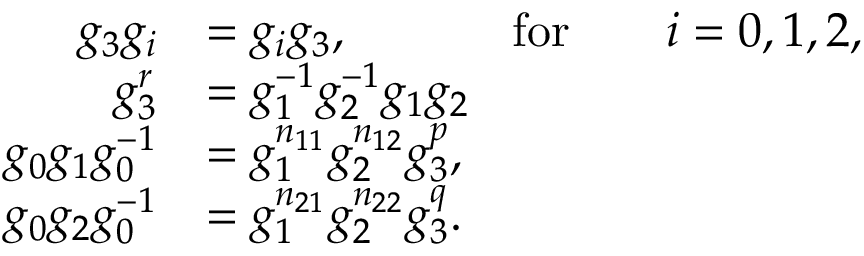
\begin{array} { r l } { g _ { 3 } g _ { i } } & { = g _ { i } g _ { 3 } , \ \ \ \ \qquad \mathrm { { f o r } } \qquad i = 0 , 1 , 2 , } \\ { g _ { 3 } ^ { r } } & { = g _ { 1 } ^ { - 1 } g _ { 2 } ^ { - 1 } g _ { 1 } g _ { 2 } } \\ { g _ { 0 } g _ { 1 } g _ { 0 } ^ { - 1 } } & { = g _ { 1 } ^ { n _ { 1 1 } } g _ { 2 } ^ { n _ { 1 2 } } g _ { 3 } ^ { p } , } \\ { g _ { 0 } g _ { 2 } g _ { 0 } ^ { - 1 } } & { = g _ { 1 } ^ { n _ { 2 1 } } g _ { 2 } ^ { n _ { 2 2 } } g _ { 3 } ^ { q } . } \end{array}